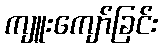
ကျူးကျော်ခြင်း